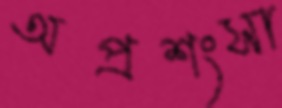
অপ্রশংসা